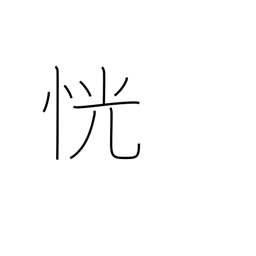
Meaning: unclear